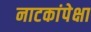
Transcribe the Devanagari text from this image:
नाटकांपेक्षा